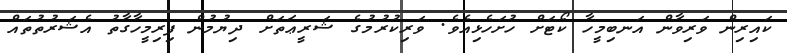
ކައިރިން ވަރިވާން އަނބިމީހާ ކޯޓަށް ހުށަހެޅިއެވެ. ވަރިކުރުމުގެ ޝަރީޢަތަށް ދިޔުމުން ފިރިމީހާގާތު އެޝަރުތުތައް